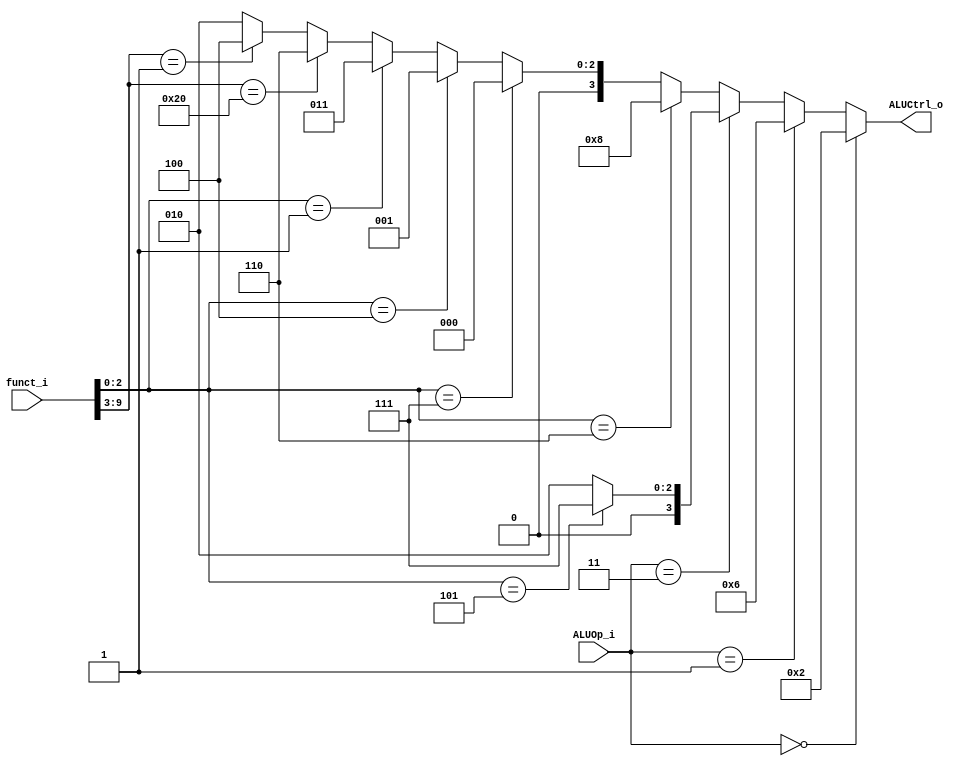
module ALU_Control(
	funct_i,
	ALUOp_i,
	ALUCtrl_o
);
input [9:0] funct_i;
input [1:0] ALUOp_i;
output reg [3:0] ALUCtrl_o; 

parameter ALUOp_lw_sw = 2'b00;
parameter ALUOp_beq = 2'b01;
parameter ALUOp_R_type = 2'b10;
parameter ALUOp_I_type = 2'b11; 

parameter ALUCtrl_and = 4'b0_000;
parameter ALUCtrl_xor = 4'b0_001;
parameter ALUCtrl_add = 4'b0_010;
parameter ALUCtrl_sll = 4'b0_011;
parameter ALUCtrl_mul = 4'b0_100;
parameter ALUCtrl_addi = 4'b0_101;
parameter ALUCtrl_sub = 4'b0_110;
parameter ALUCtrl_srai = 4'b0_111;
parameter ALUCtrl_or = 4'b1_000; 


parameter funct3_or = 3'b110; 
parameter funct3_and = 3'b111;
parameter funct3_xor = 3'b100;
parameter funct3_sll = 3'b001;

parameter funct7_sub = 7'b010_0000;
parameter funct7_mul = 7'b000_0001;

parameter funct3_srai = 3'b101;

wire [2:0] funct3 = funct_i[2:0];
wire [6:0] funct7 = funct_i[9:3];

initial begin
	ALUCtrl_o <= ALUOp_lw_sw; // add
end

always @(*) begin
	if(ALUOp_i == ALUOp_lw_sw)
		ALUCtrl_o <= ALUCtrl_add; // lw sw
	else if(ALUOp_i == ALUOp_beq)
		ALUCtrl_o <= ALUCtrl_sub; // beq
	else if(ALUOp_i == ALUOp_I_type) begin // I type
		if(funct3 == funct3_srai)
			ALUCtrl_o <= ALUCtrl_srai; // srai
		else
			ALUCtrl_o <= ALUCtrl_add; // addi
	end else begin // R type
		if(funct3 == funct3_or) // by funct3
			ALUCtrl_o <= ALUCtrl_or; 
		else if(funct3 == funct3_and) //if(funct3 == funct3_and) // by funct3 // by funct3
			ALUCtrl_o <= ALUCtrl_and; // and
		else if(funct3 == funct3_xor)
			ALUCtrl_o <= ALUCtrl_xor; // xor
		else if(funct3 == funct3_sll)
			ALUCtrl_o <= ALUCtrl_sll; // sll
		else if(funct7 == funct7_sub) // by funct7 (funct3 == 000 below)
			ALUCtrl_o <= ALUCtrl_sub; // sub
		else if(funct7 == funct7_mul)
			ALUCtrl_o <= ALUCtrl_mul; // mul
		else
			ALUCtrl_o <= ALUCtrl_add; // add
	end
end
endmodule